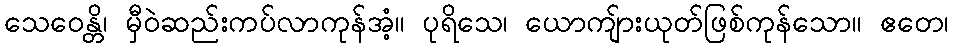
သေဝေန္တိ၊ မှီဝဲဆည်းကပ်လာကုန်အံ့။ ပုရိသေ၊ ယောကျ်ားယုတ်ဖြစ်ကုန်သော။ ဧတေ၊